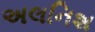
અલનિશ